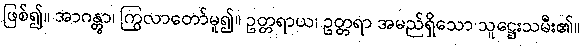
ဖြစ်၍။ အာဂန္တွာ၊ ကြွလာတော်မူ၍။ ဥတ္တရာယ၊ ဥတ္တရာ အမည်ရှိသော သူဋ္ဌေးသမီး၏။